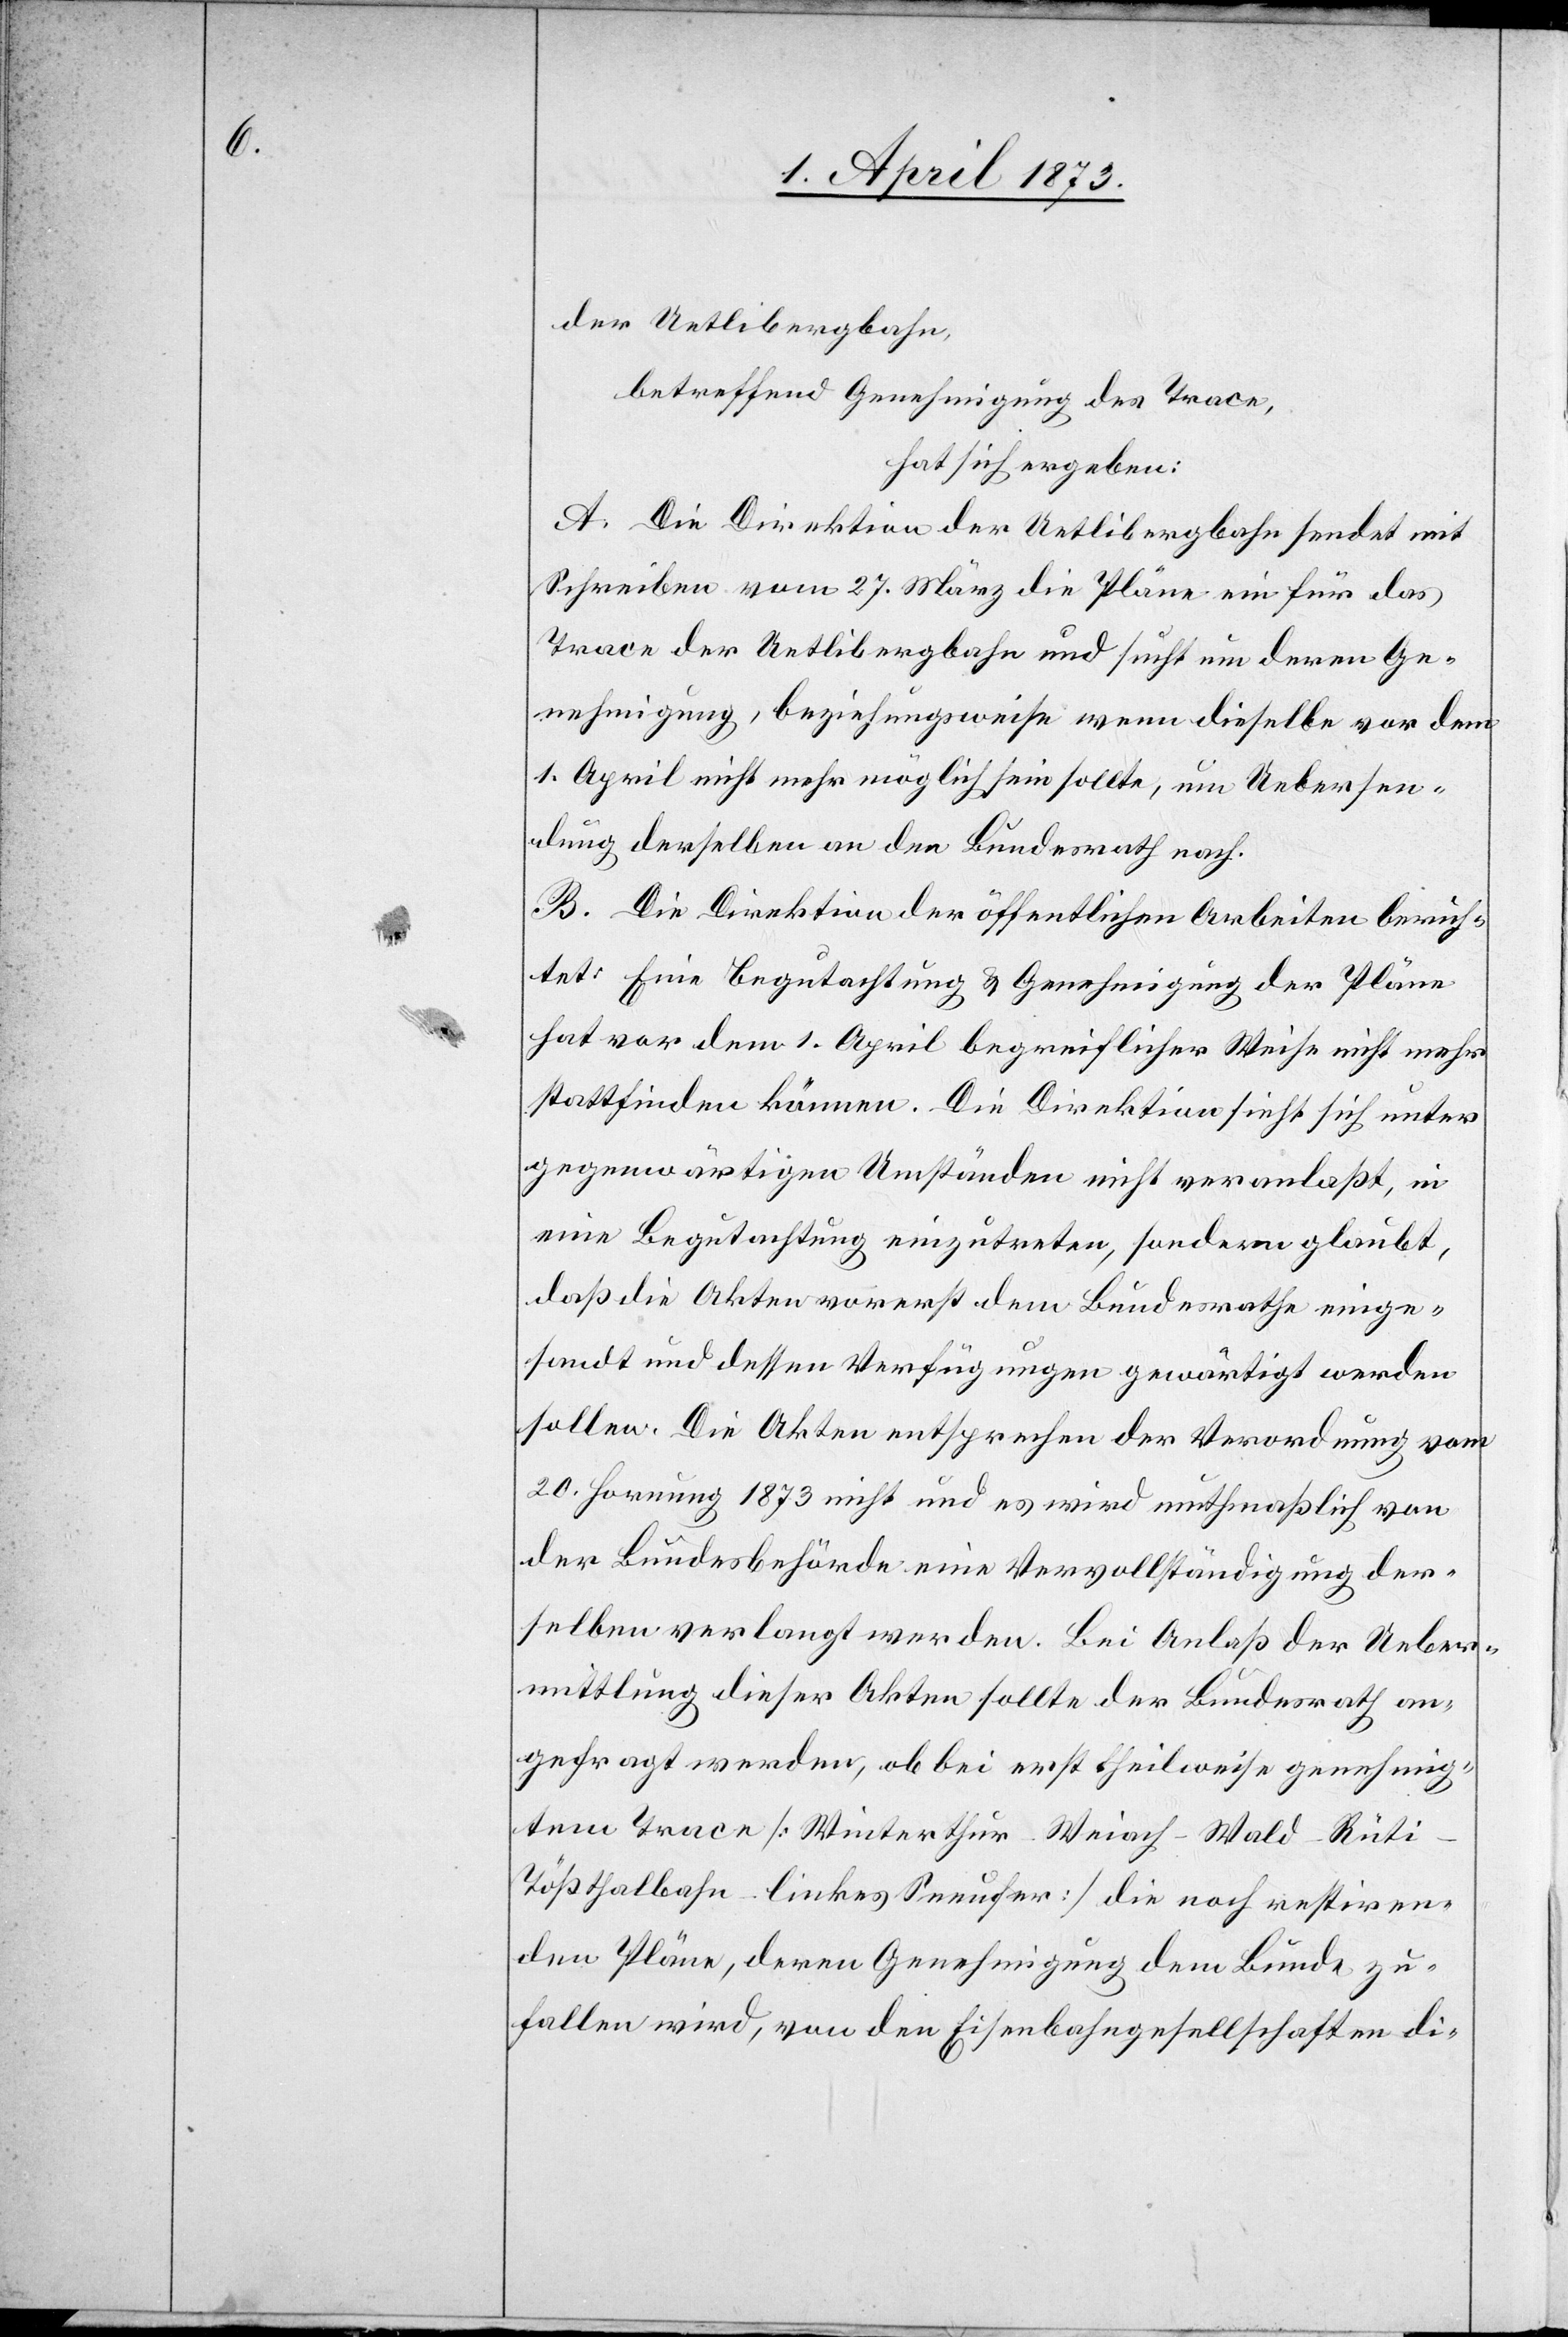
der Uetlibergbahn,
betreffend Genehmigung des Trace,
hat sich ergeben:
A. Die Direktion der Uetlibergbahn sendet mit
Schreiben vom 27. März die Pläne ein für das
Trace der Uetlibergbahn und sucht um deren Ge¬
nehmigung, beziehungsweise wenn dieselbe vor dem
1. April nicht mehr möglich sein sollte, um Uebersen¬
dung derselben an den Bundesrath nach.
B. Die Direktion der öffentlichen Arbeiten berich¬
tet: Eine Begutachtung u. Genehmigung der Pläne
hat vor dem 1. April begreiflicher Weise nicht mehr
stattfinden können. Die Direktion sieht sich unter
gegenwärtigen Umständen nicht veranlaßt, in
eine Begutachtung einzutreten, sondern glaubt,
daß die Akten vorerst dem Bundesrathe einge¬
sandt und dessen Verfügungen gewärtigt werden
sollen. Die Akten entsprechen der Verordnung vom
20. Hornung 1873 nicht und es wird muthmaßlich von
der Bundesbehörde eine Vervollständigung der¬
selben verlangt werden. Bei Anlaß der Ueber¬
mittlung dieser Akten sollte der Bundesrath an¬
gefragt werden, ob bei erst theilweise genehmig¬
tem Trace [Winterthur–Weiach–Wald–Rüt¬
i–Tößthalbahn–linkes Seeufer] die noch restiren¬
den Pläne, deren Genehmigung dem Bunde zu¬
fallen wird, von den Eisenbahngesellschaften di-